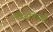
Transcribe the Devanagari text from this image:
लीजोनेयर्स